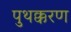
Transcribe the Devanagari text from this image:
पुथक्करण